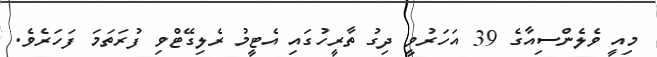
މިއީ ވެލެންސިއާގެ 39 އަހަރުވީ ދިގު ތާރީހުގައި އެޓީމު ރެލިގޭޓްވި ފުރަތަމަ ފަހަރެވެ.